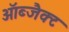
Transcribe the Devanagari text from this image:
ऑब्जैक्ट